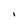
Character: I